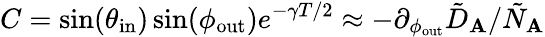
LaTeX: C=\sin(\theta_{\mathrm{in}})\sin(\phi_{\mathrm{out}})e^{-\gamma T/2}\approx-\partial_{\phi_{\mathrm{out}}}\tilde{D}_{\mathbf{A}}/\tilde{N}_{\mathbf{A}}